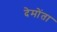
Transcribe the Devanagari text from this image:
देमोंता